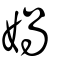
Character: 媧